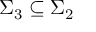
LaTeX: \Sigma _ { 3 } \subseteq \Sigma _ { 2 }